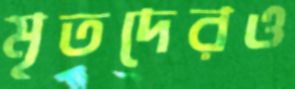
মৃতদেরও